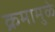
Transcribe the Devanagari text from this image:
क्रमामुळे